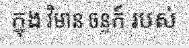
ក្នុង វិមាន ចន្ទក៍ របស់